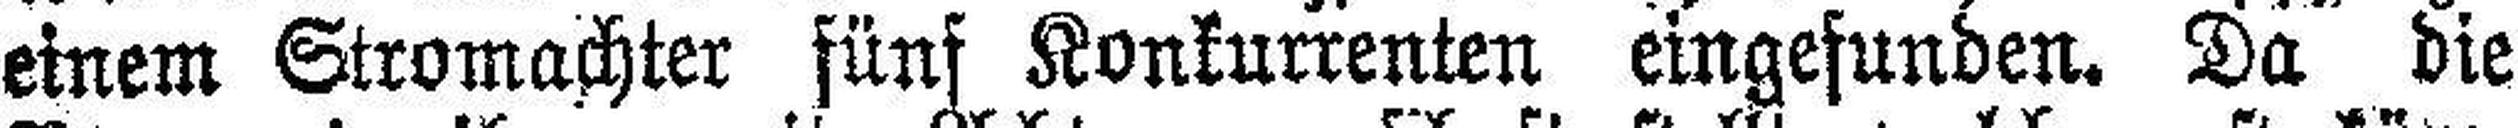
einem Stromachter fünf Konkurrenten eingefunden. Da die